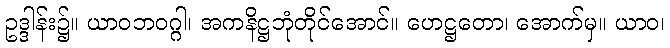
ဥဒ္ဒါန်း၌။ ယာဝဘဝဂ္ဂါ၊ အကနိဋ္ဌဘုံတိုင်အောင်။ ဟေဋ္ဌတော၊ အောက်မှ။ ယာဝ၊